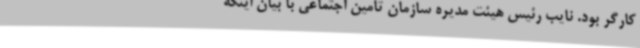
کارگر بود. نایب رئیس هیئت مدیره سازمان تامین اجتماعی با بیان اینکه